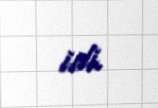
idi.